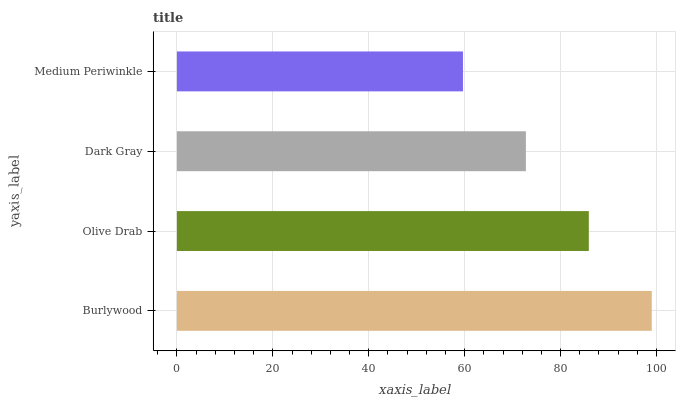
| yaxis_label | bars |
 | --- | --- |
 | Burlywood | 99 |
 | Olive Drab | 85.9 |
 | Dark Gray | 72.8 |
 | Medium Periwinkle | 59.6 |